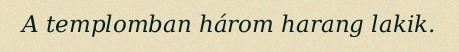
A templomban három harang lakik.